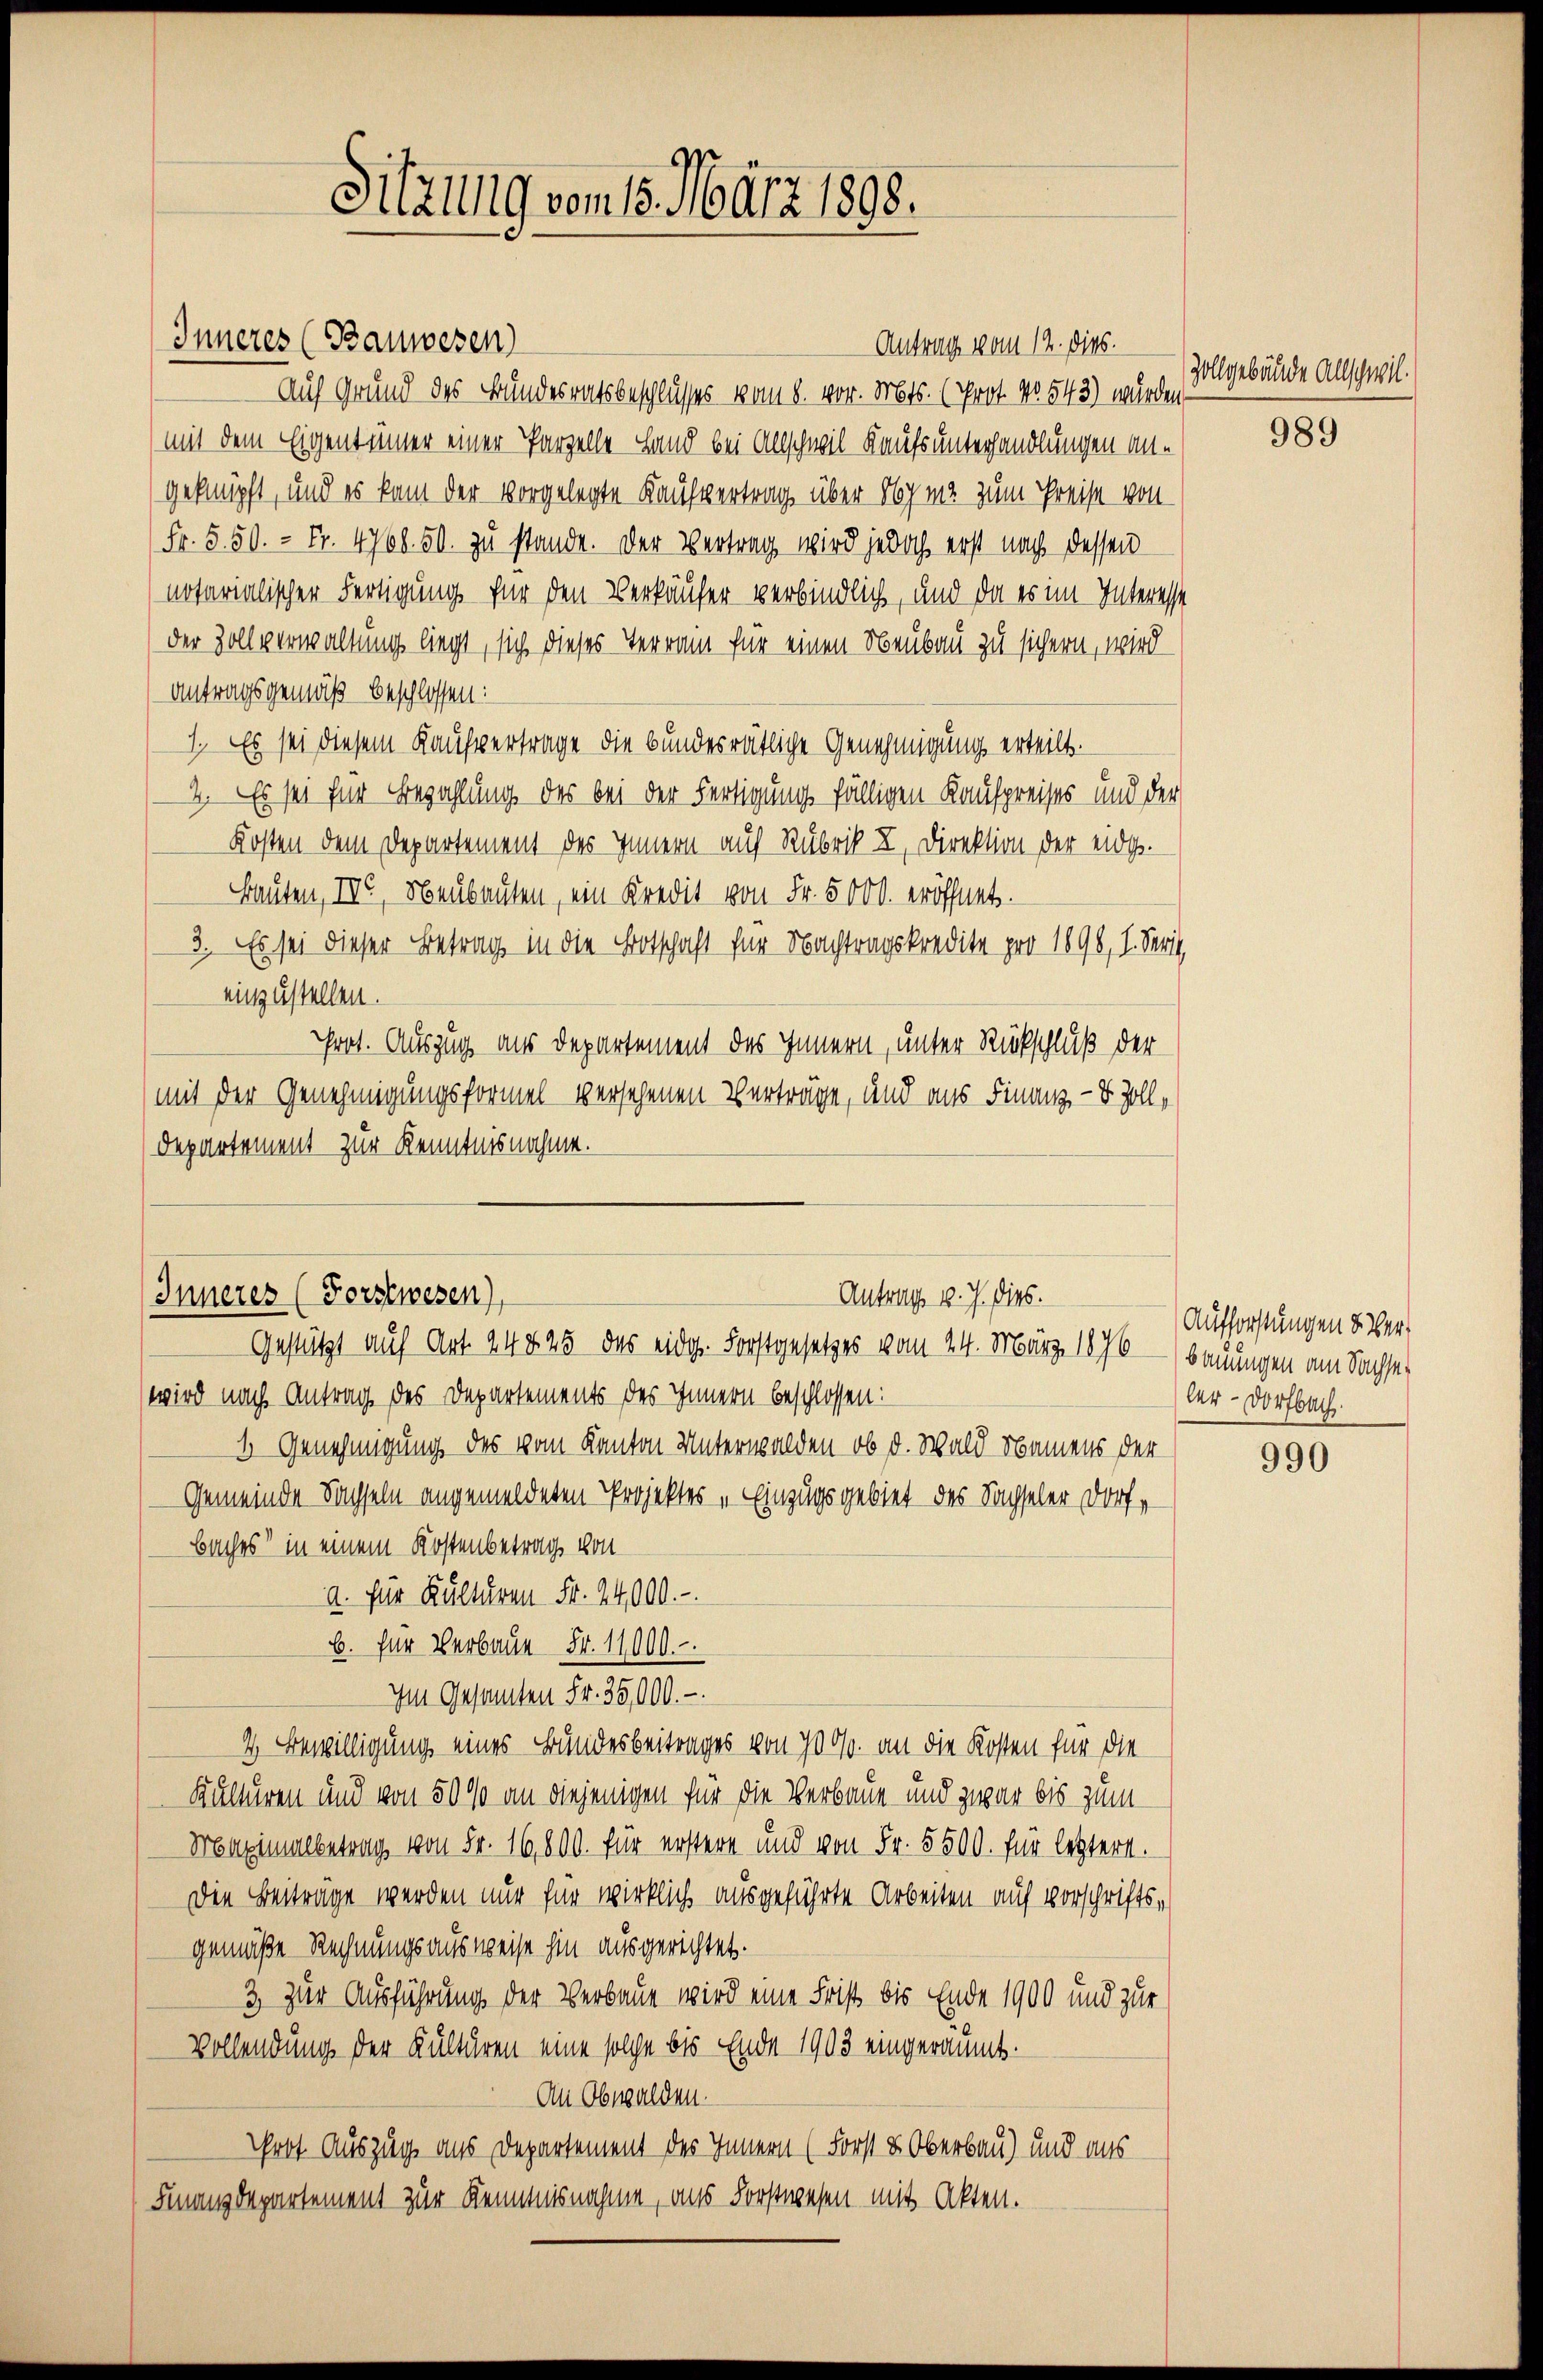
Sitzung vom 18. März 1898.

Inneres (Bauwesen)
Antrag vom 12. Dies
Auf Grund des Bundesratsbeschlusses vom 8. vor. Mts. (Prot. No 543) wurden
mit dem Eigentümer einer Parzelle Land bei Anschwil Kaufsunterhandlungen angeknüpft, und es kam der vorgelegte Kaufvertrag über Syma zum Preise von
Fr. 550. - Fr. 4768. 50. zu stande. Der Vertrag wird jedoch erst nach dessen
notarialischer Fertigung für den Verkäufer verbindlich, und da es im Interesse
der Zollverwaltung liegt, sich dieses Terrain für einen Neubau zu sichern, wird
antragsgemäß beschlossen:
1. Es sei diesem Kaufvertrage die bundesrätliche Genehmigung erteilt.
2. Es sei für Bezahlung des bei der Fertigung fälligen Kaufpreises und der
Kosten dem Departement des Innern auf Rubrik X, Direktion der eidg.
Bauten, IV, Neubauten, ein Kredit von Fr. 5000. eröffnet.
3. Es sei dieser Betrag in die Botschaft für Nachtragskredite pro 1896, I. Serit
einzustellen.
Prot. Auszug aus Departement des Innern, unter Rückschluß der
mit der Genehmigungsformel versehenen Verträge, und aus Finanz- 8 Zolldepartement zur Kenntnisnahme.

Inneres (Forstwesen),
Antrag v. J. dies.
Gestützt auf Art. 248 45 des eidg. Forstgesetzes vom 24. März 1876

Zollgebäude allschwil¬

wird nach Antrag des Departements des Innern beschlossen:
3 Genehmigung des vom Kanton Unterwalden, ob d. Wald Namens der
Gemeinde Sachseln angemeldeten Projektes „Einzugsgebiet des Sachseler Dorf,
baches in einem Kostenbetrag von
a. für Kulturen Fr. 24,000.
b. für Verbaue Fr. 11000.
Im Gesamten Fr. 35,000.-
4 Bewilligung eines Bundesbeitrages von 7000. an die Kosten für die
Kulturen und von 5000 an diejenigen für die Verbaue und zwar bis zum
Maximalbetrag von Fr. 16,800. für erstere und von Fr. 5500. für letztere.
Die Beitrage werden nur für wirklich ausgeführte Arbeiten auf vorschriftsgemäße Rechnungsausweise hin ausgerichtet.
3) zur Ausführung der Verbaue wird eine Frist bis Ende 1900 und zur
Vollendung der Kulturen eine solche bis Ende 1903 eingeräumt.
An Obwalden.
Woot Auszug aus Departement des Innern (Forst & Oberbau) und aus
Finanzdepartement zur Kenntnisnahme, aus Forstwesen mit Akten.

989

990

Aufforstungen 8. Ver-
bauungen am Sachseler- Dorfbach.